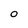
Character: O